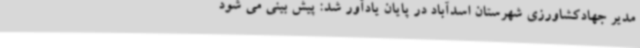
مدیر جهادکشاورزی شهرستان اسدآباد در پایان یادآور شد: پیش بینی می شود